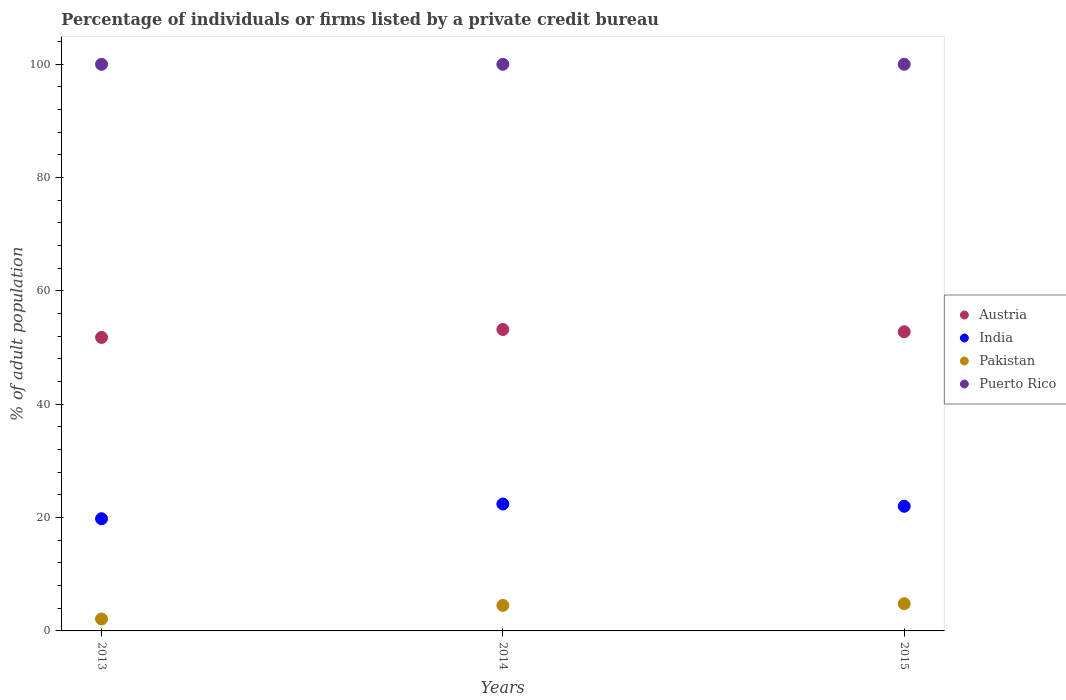
| Years | Austria | India | Pakistan | Puerto Rico |
 | --- | --- | --- | --- | --- |
 | 2013 | 51.8 | 19.8 | 2.1 | 100 |
 | 2014 | 53.2 | 22.4 | 4.5 | 100 |
 | 2015 | 52.8 | 22 | 4.8 | 100 |